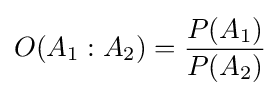
O(A_{1}:A_{2})={\frac {P(A_{1})}{P(A_{2})}}